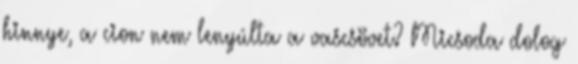
hinnye, a cion nem lenyúlta a vascsövet? Micsoda dolog